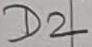
Text: D2